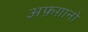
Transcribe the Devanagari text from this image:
अफ़ग़ानो